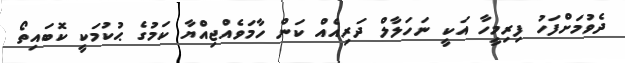
ދެވުމަށްފަހު ފިރިމީހާ އަކީ ނަހަލާލް ދަރިއެއް ކަން ހާމަވެއްޖިއްޔާ ކަމުގެ ޙުކުމަކީ ކޮބައިތޯ